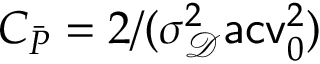
C _ { \bar { P } } = 2 / ( \sigma _ { \mathscr D } ^ { 2 } \mathsf { a c v } _ { 0 } ^ { 2 } )